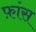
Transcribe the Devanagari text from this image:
फ़ांस